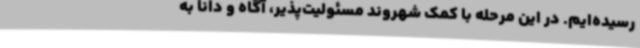
رسیده‌ایم. در این مرحله با کمک شهروند مسئولیت‌پذیر، آگاه و دانا به